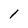
Character: 1